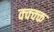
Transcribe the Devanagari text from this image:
क्क्क्क